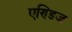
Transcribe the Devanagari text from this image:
एण्डिज